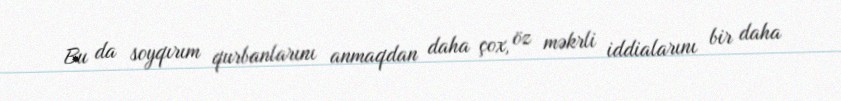
Bu da soyqırım qurbanlarını anmaqdan daha çox, öz məkrli iddialarını bir daha